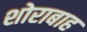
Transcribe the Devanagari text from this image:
शोराबाह